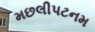
મછલીપટનમ